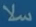
سلا